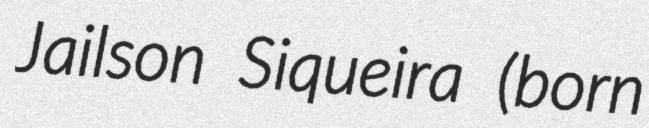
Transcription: Jailson Siqueira (born